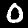
Digit: 0